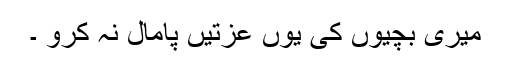
میری بچیوں کی یوں عزتیں پامال نہ کرو ۔